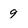
Character: 9